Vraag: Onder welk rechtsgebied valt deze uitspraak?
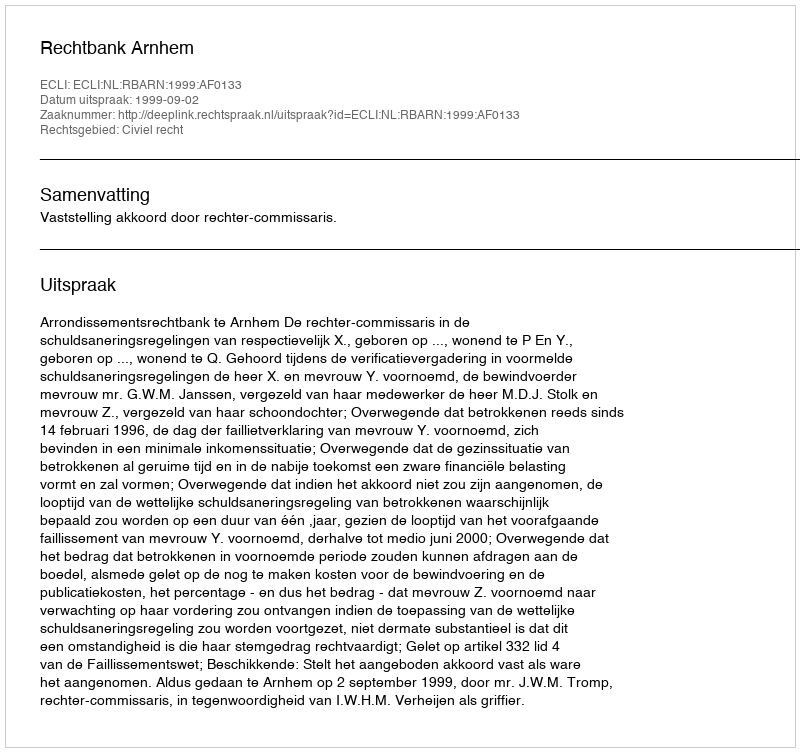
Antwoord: Civiel recht